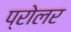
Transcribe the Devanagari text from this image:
प्रोलर